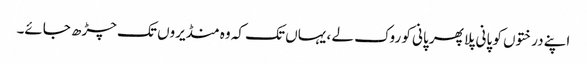
اپنے درختوں کو پانی پلا پھر پانی کو روک لے ، یہاں تک کہ وہ منڈیروں تک چڑھ جائے۔